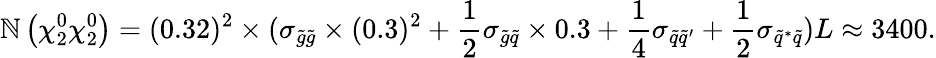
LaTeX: \mathbb{N}\left(\chi_{2}^{0}\chi_{2}^{0}\right)=(0.32)^{2}\times(\sigma_{\tilde{{g}}\tilde{{g}}}\times(0.3)^{2}+\frac{{1}}{{2}}\sigma_{\tilde{{g}}\tilde{{q}}}\times0.3+\frac{{1}}{{4}}\sigma_{\tilde{{q}}\tilde{{q}}^{\prime}}+\frac{{1}}{{2}}\sigma_{\tilde{{q}}^{\ast}\tilde{{q}}})L\approx3400.